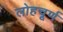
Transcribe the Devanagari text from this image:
लोहचूर्ण